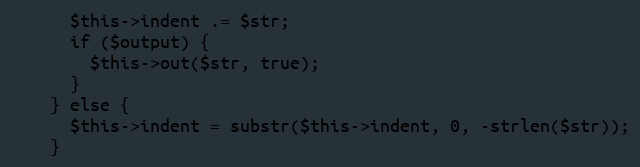
Language: PHP
      $this->indent .= $str;
      if ($output) {
        $this->out($str, true);
      }
    } else {
      $this->indent = substr($this->indent, 0, -strlen($str));
    }